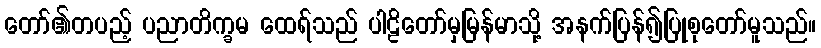
တော်၏တပည့် ပညာတိက္ခမ ထေရ်သည် ပါဠိတော်မှမြန်မာသို့ အနက်ပြန်၍ပြုစုတော်မူသည်။